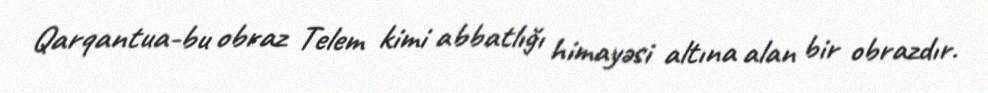
Qarqantua-bu obraz Telem kimi abbatlığı himayəsi altına alan bir obrazdır.